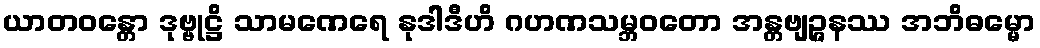
ယာတဝန္တော ဒုဗ္ဗုဋ္ဌိ သာမဏေရေ နုဒါဒီဟိ ဂဟဏသမ္ဘဝတော အန္တဗျဉ္ဇနဿ အဘိဓမ္မော